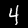
Digit: 4